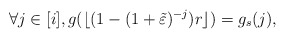
\begin{align*}\forall j \in [i], g(\lfloor ( 1 - ( 1 + \tilde \varepsilon)^{-j})r \rfloor ) = g_s(j),\end{align*}